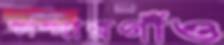
কান্দারগাঁও